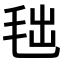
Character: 𣭑